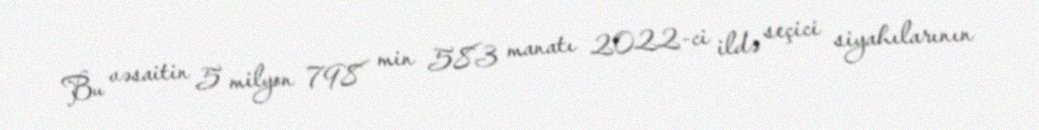
Bu vəsaitin 5 milyon 798 min 583 manatı 2022-ci ildə seçici siyahılarının